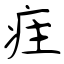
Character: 疰